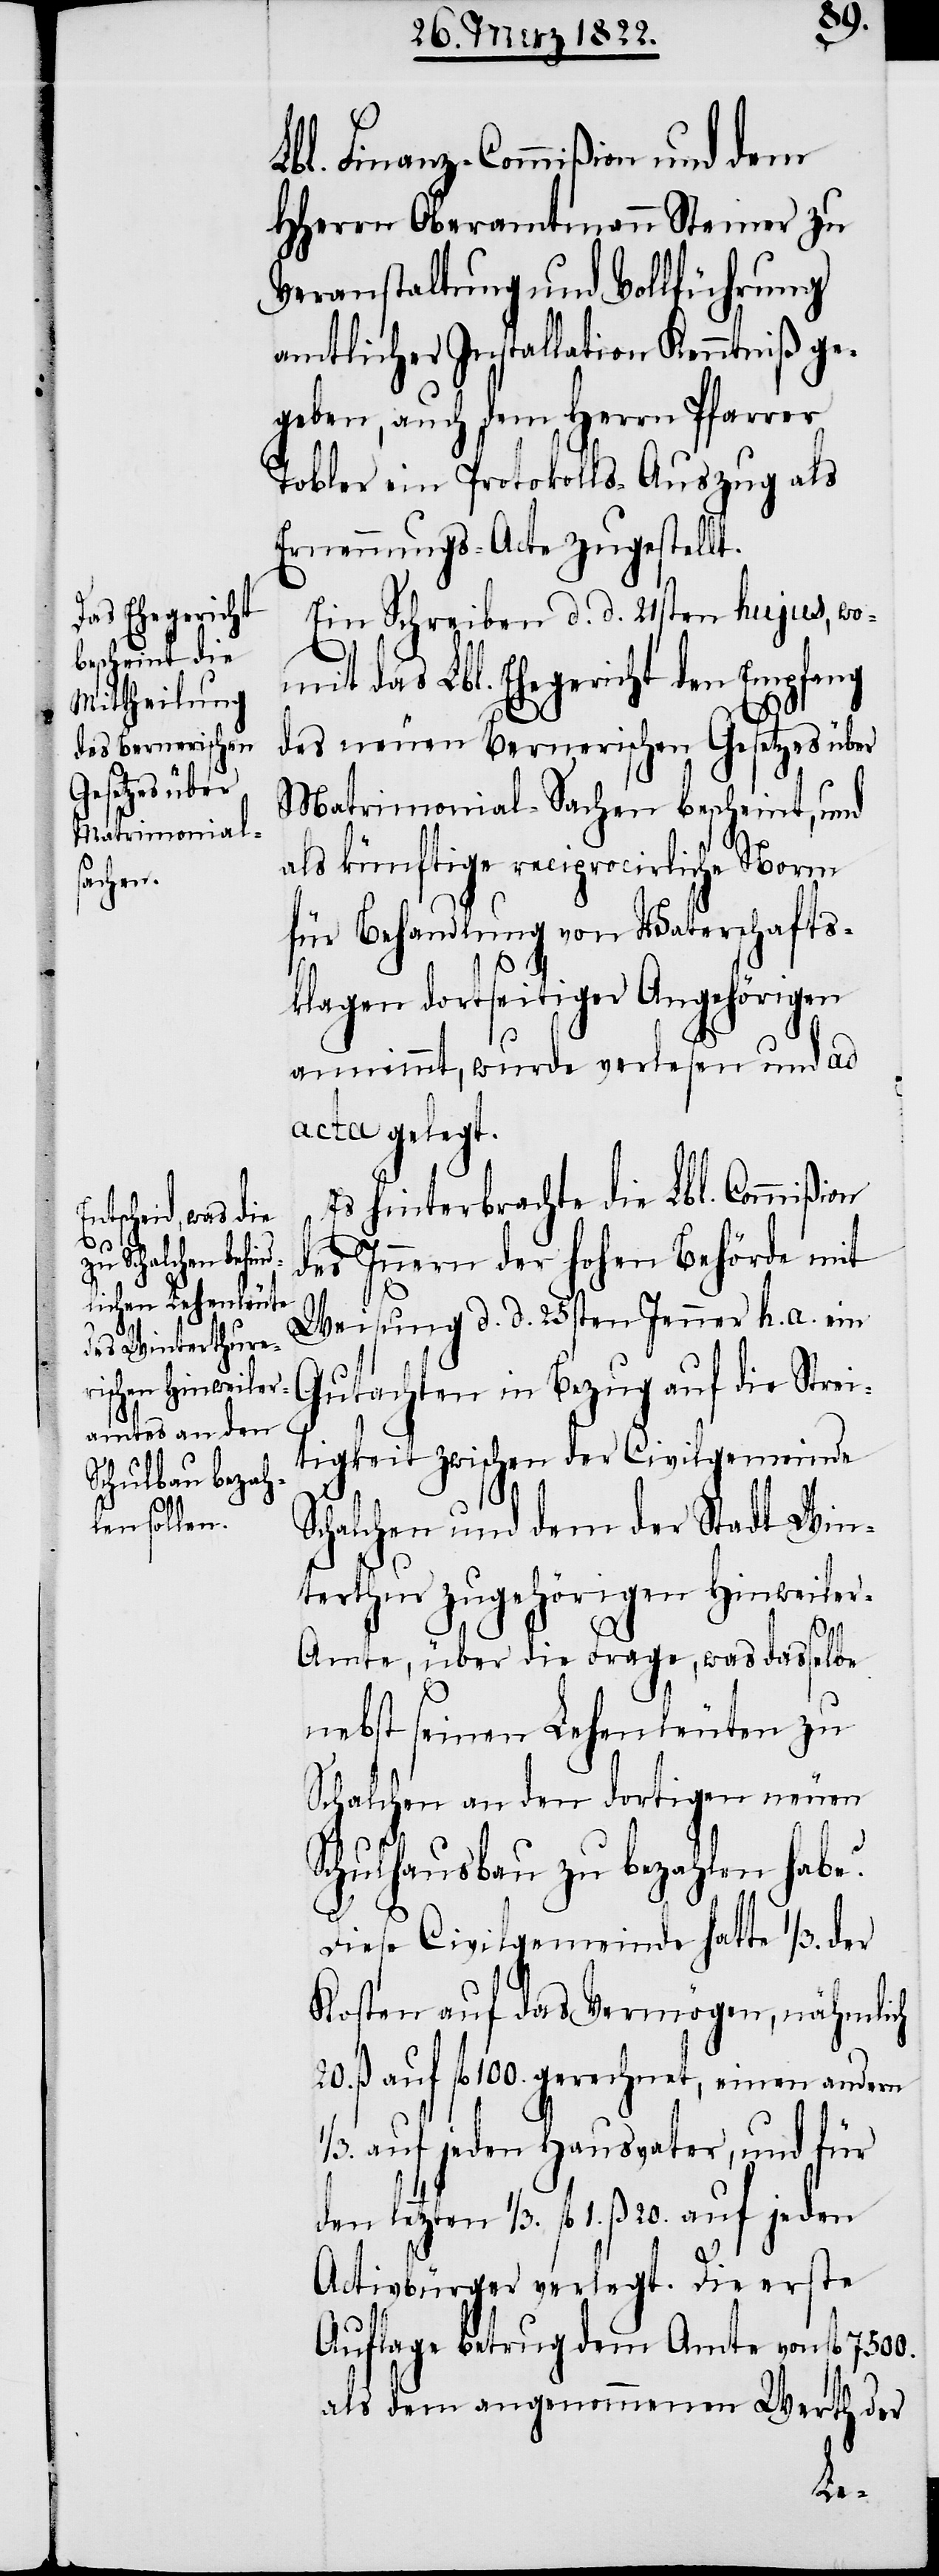
Lbl. Finanz-Commißion und dem
HHerrn Oberamtmann Steiner zu
Veranstaltung und Vollführung
amtlicher Installation Kenntniß ge¬
geben, auch dem Herrn Pfarrer
Tobler ein Protokolls-Auszug als
Ernennungs-Acte zugestellt.
Ein Schreiben d. d. 21sten hujus, wo¬
mit das Lbl. Ehegericht den Empfang
des neuen Bernerischen Gesetzes über
Matrimonial-Sachen bescheint, und
als künftige reciprocirliche Norm
für Behandlung von Vaterschafts¬
klagen dortseitiger Angehörigen
annimmt, wurde verlesen und ad
acta gelegt.
Es hinterbrachte die Lbl. Commißion
des Innern der hohen Behörde mit
Weisung d. d. 25sten Jenner h. a. ein
Gutachten in Bezug auf die Strei¬
tigkeiten zwischen der Civilgemeinde
Schalchen und dem der Stadt Win¬
terthur zugehörigen Hinweile¬
mte über die Frage, was dasselbe
nebst seinen Lehenleuten zu
Schalchen an den dortigen neuen
Schulhausbau zu bezahlen habe?
Diese Civilgemeinde hatte 1/3. der
Kosten auf das Vermögen, nämlich
20. ß auf fl. 100. gerechnet, einen andern
1/3. auf jeden Hausvater, und für
ten 1/3. fl. 1 ß 20. auf jeden
Activbürger verlegt. Die erste
Auflage betrug dem Amte von fl. 7500.
als dem angenommenen Werth der
letz¬